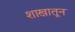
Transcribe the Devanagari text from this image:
शाखातून